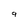
Character: 9